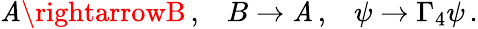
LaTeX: \mathit{A}\rightarrowB\, ,\; \; \; B\rightarrow\mathit{A}\, ,\; \; \; \psi\rightarrow\Gamma_{4}\psi\, .